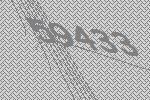
59433